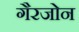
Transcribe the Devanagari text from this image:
गैरजोन